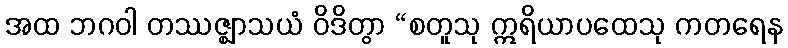
အထ ဘဂဝါ တဿဇ္ဈာသယံ ဝိဒိတွာ “စတူသု ဣရိယာပထေသု ကတရေန